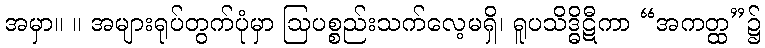
အမှာ။ ။ အများရုပ်တွက်ပုံမှာ ဩပစ္စည်းသက်လေ့မရှိ၊ ရူပသိဒ္ဓိဋီကာ “အကတ္ထ”၌